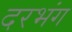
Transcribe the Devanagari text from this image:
दरभंग